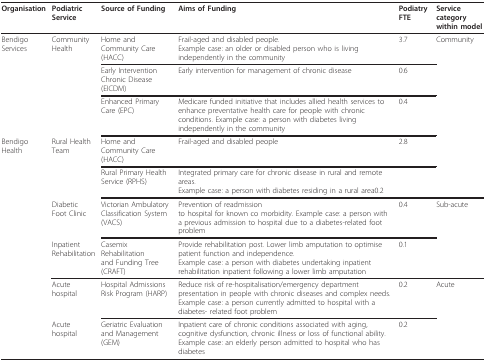
| Organisation | Podiatric Service | Source of Funding | Aims of Funding | Podiatry FTE | Service category within model |
 | --- | --- | --- | --- | --- | --- |
 | Bendigo Services | Community Health | Home and Community Care (HACC) | Frail-aged and disabled people.Example case: an older or disabled person who is living independently in the community | 3.7 | Community |
 |  |  | Early Intervention Chronic Disease (EICDM) | Early intervention for management of chronic disease | 0.6 |  |
 |  |  | Enhanced Primary Care (EPC) | Medicare funded initiative that includes allied health services to enhance preventative health care for people with chronic conditions. Example case: a person with diabetes living independently in the community | 0.4 |  |
 | Bendigo Health | Rural Health Team | Home and Community Care (HACC) | Frail-aged and disabled people | 2.8 |  |
 |  |  | Rural Primary Health Service (RPHS) | Integrated primary care for chronic disease in rural and remote areas.Example case: a person with diabetes residing in a rural area0.2 |  |  |
 |  | DiabeticFoot Clinic | Victorian Ambulatory Classification System (VACS) | Prevention of readmissionto hospital for known co morbidity. Example case: a person with a previous admission to hospital due to a diabetes-related foot problem | 0.4 | Sub-acute |
 |  | Inpatient Rehabilitation | Casemix Rehabilitationand Funding Tree (CRAFT) | Provide rehabilitation post. Lower limb amputation to optimise patient function and independence.Example case: a person with diabetes undertaking inpatient rehabilitation inpatient following a lower limb amputation | 0.1 |  |
 |  | Acute hospital | Hospital Admissions Risk Program (HARP) | Reduce risk of re-hospitalisation/emergency department presentation in people with chronic diseases and complex needs.Example case: a person currently admitted to hospital with a diabetes- related foot problem | 0.2 | Acute |
 |  | Acute hospital | Geriatric Evaluation and Management (GEM) | Inpatient care of chronic conditions associated with aging, cognitive dysfunction, chronic illness or loss of functional ability. Example case: an elderly person admitted to hospital who has diabetes | 0.2 |  |